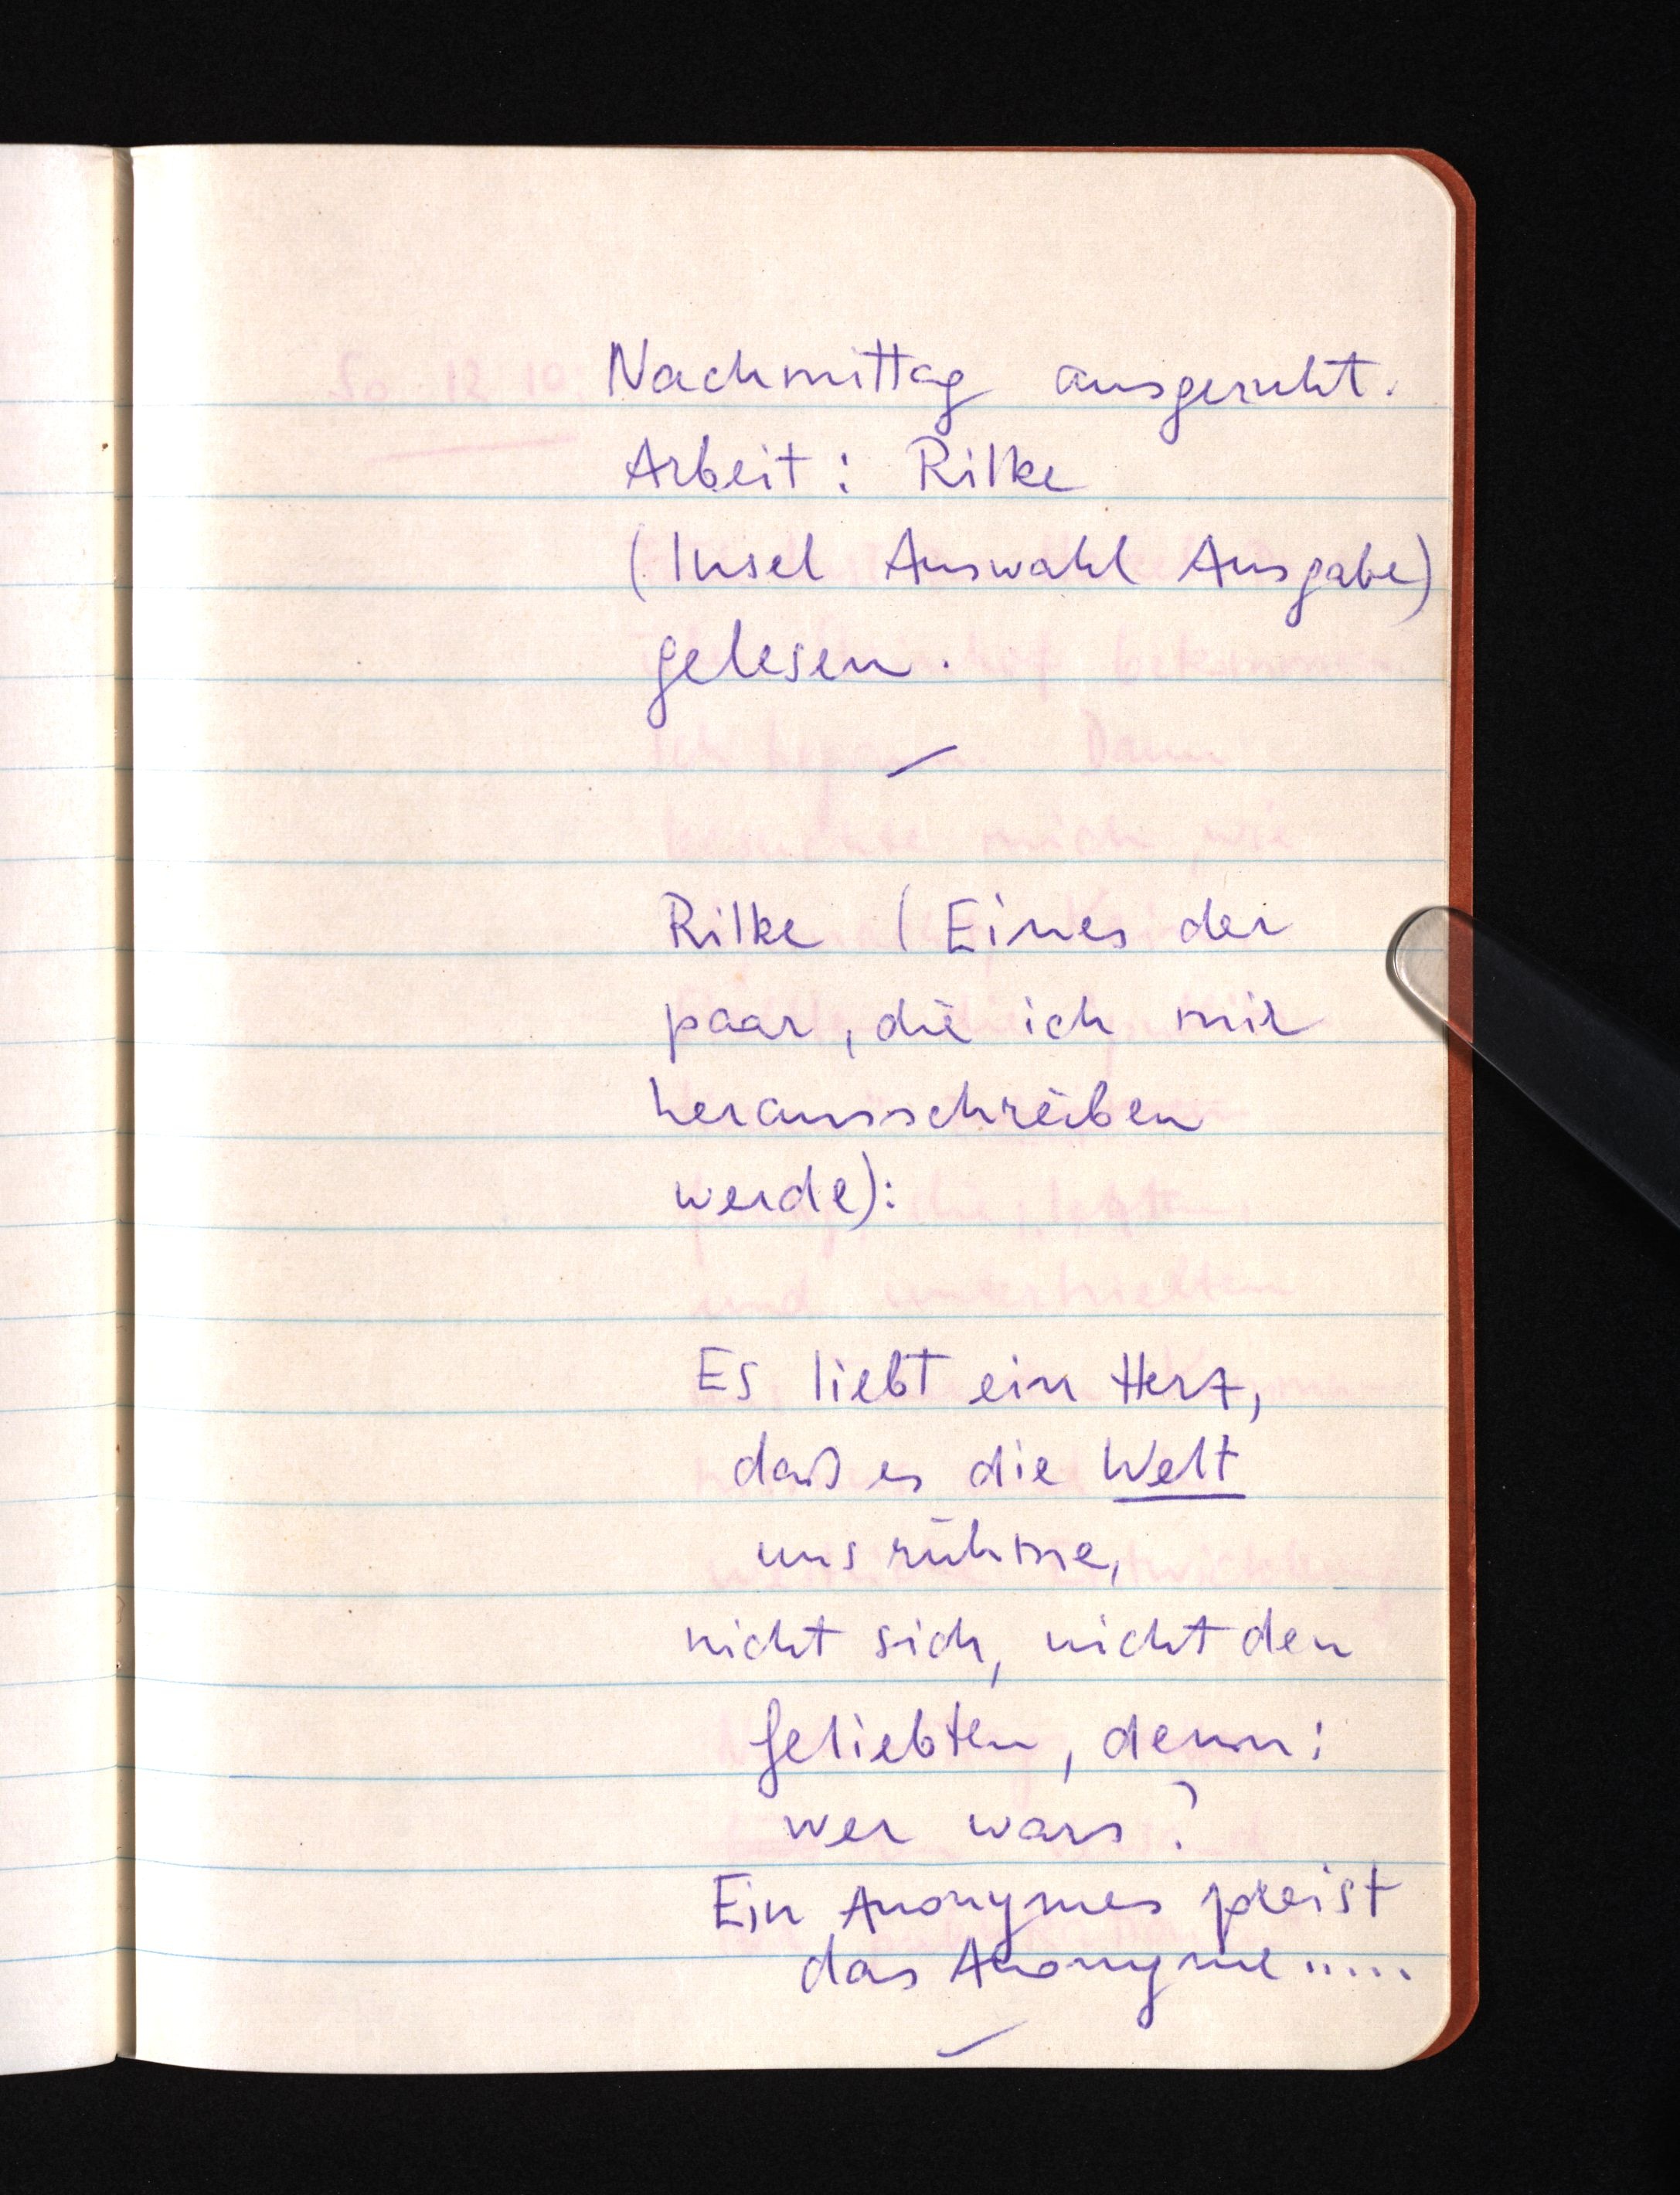
Nachmittag ausgeruht.
Arbeit: Rilke
(Insel Auswahl Ausgabe)
gelesen.
Rilke (Eines der
paar, die ich mir
herausschreiben
werde):
Es liebt ein Herz,
daß es die Welt
uns rühme,
nicht sich, nicht den
Geliebten, denn:
wer wars?
Ein Anonymes preist
das Anonyme .....